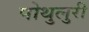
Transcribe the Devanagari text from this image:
पोथुलुरी